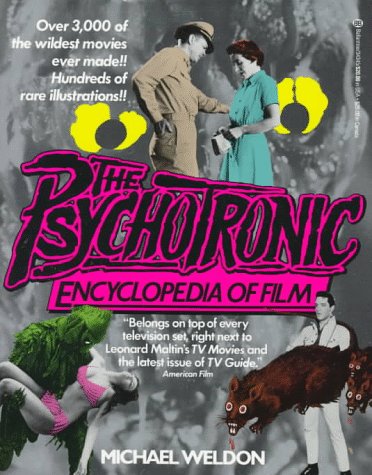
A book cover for Psychotronic Encyclopedia of Film; Michael Weldon; Humor & Entertainment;